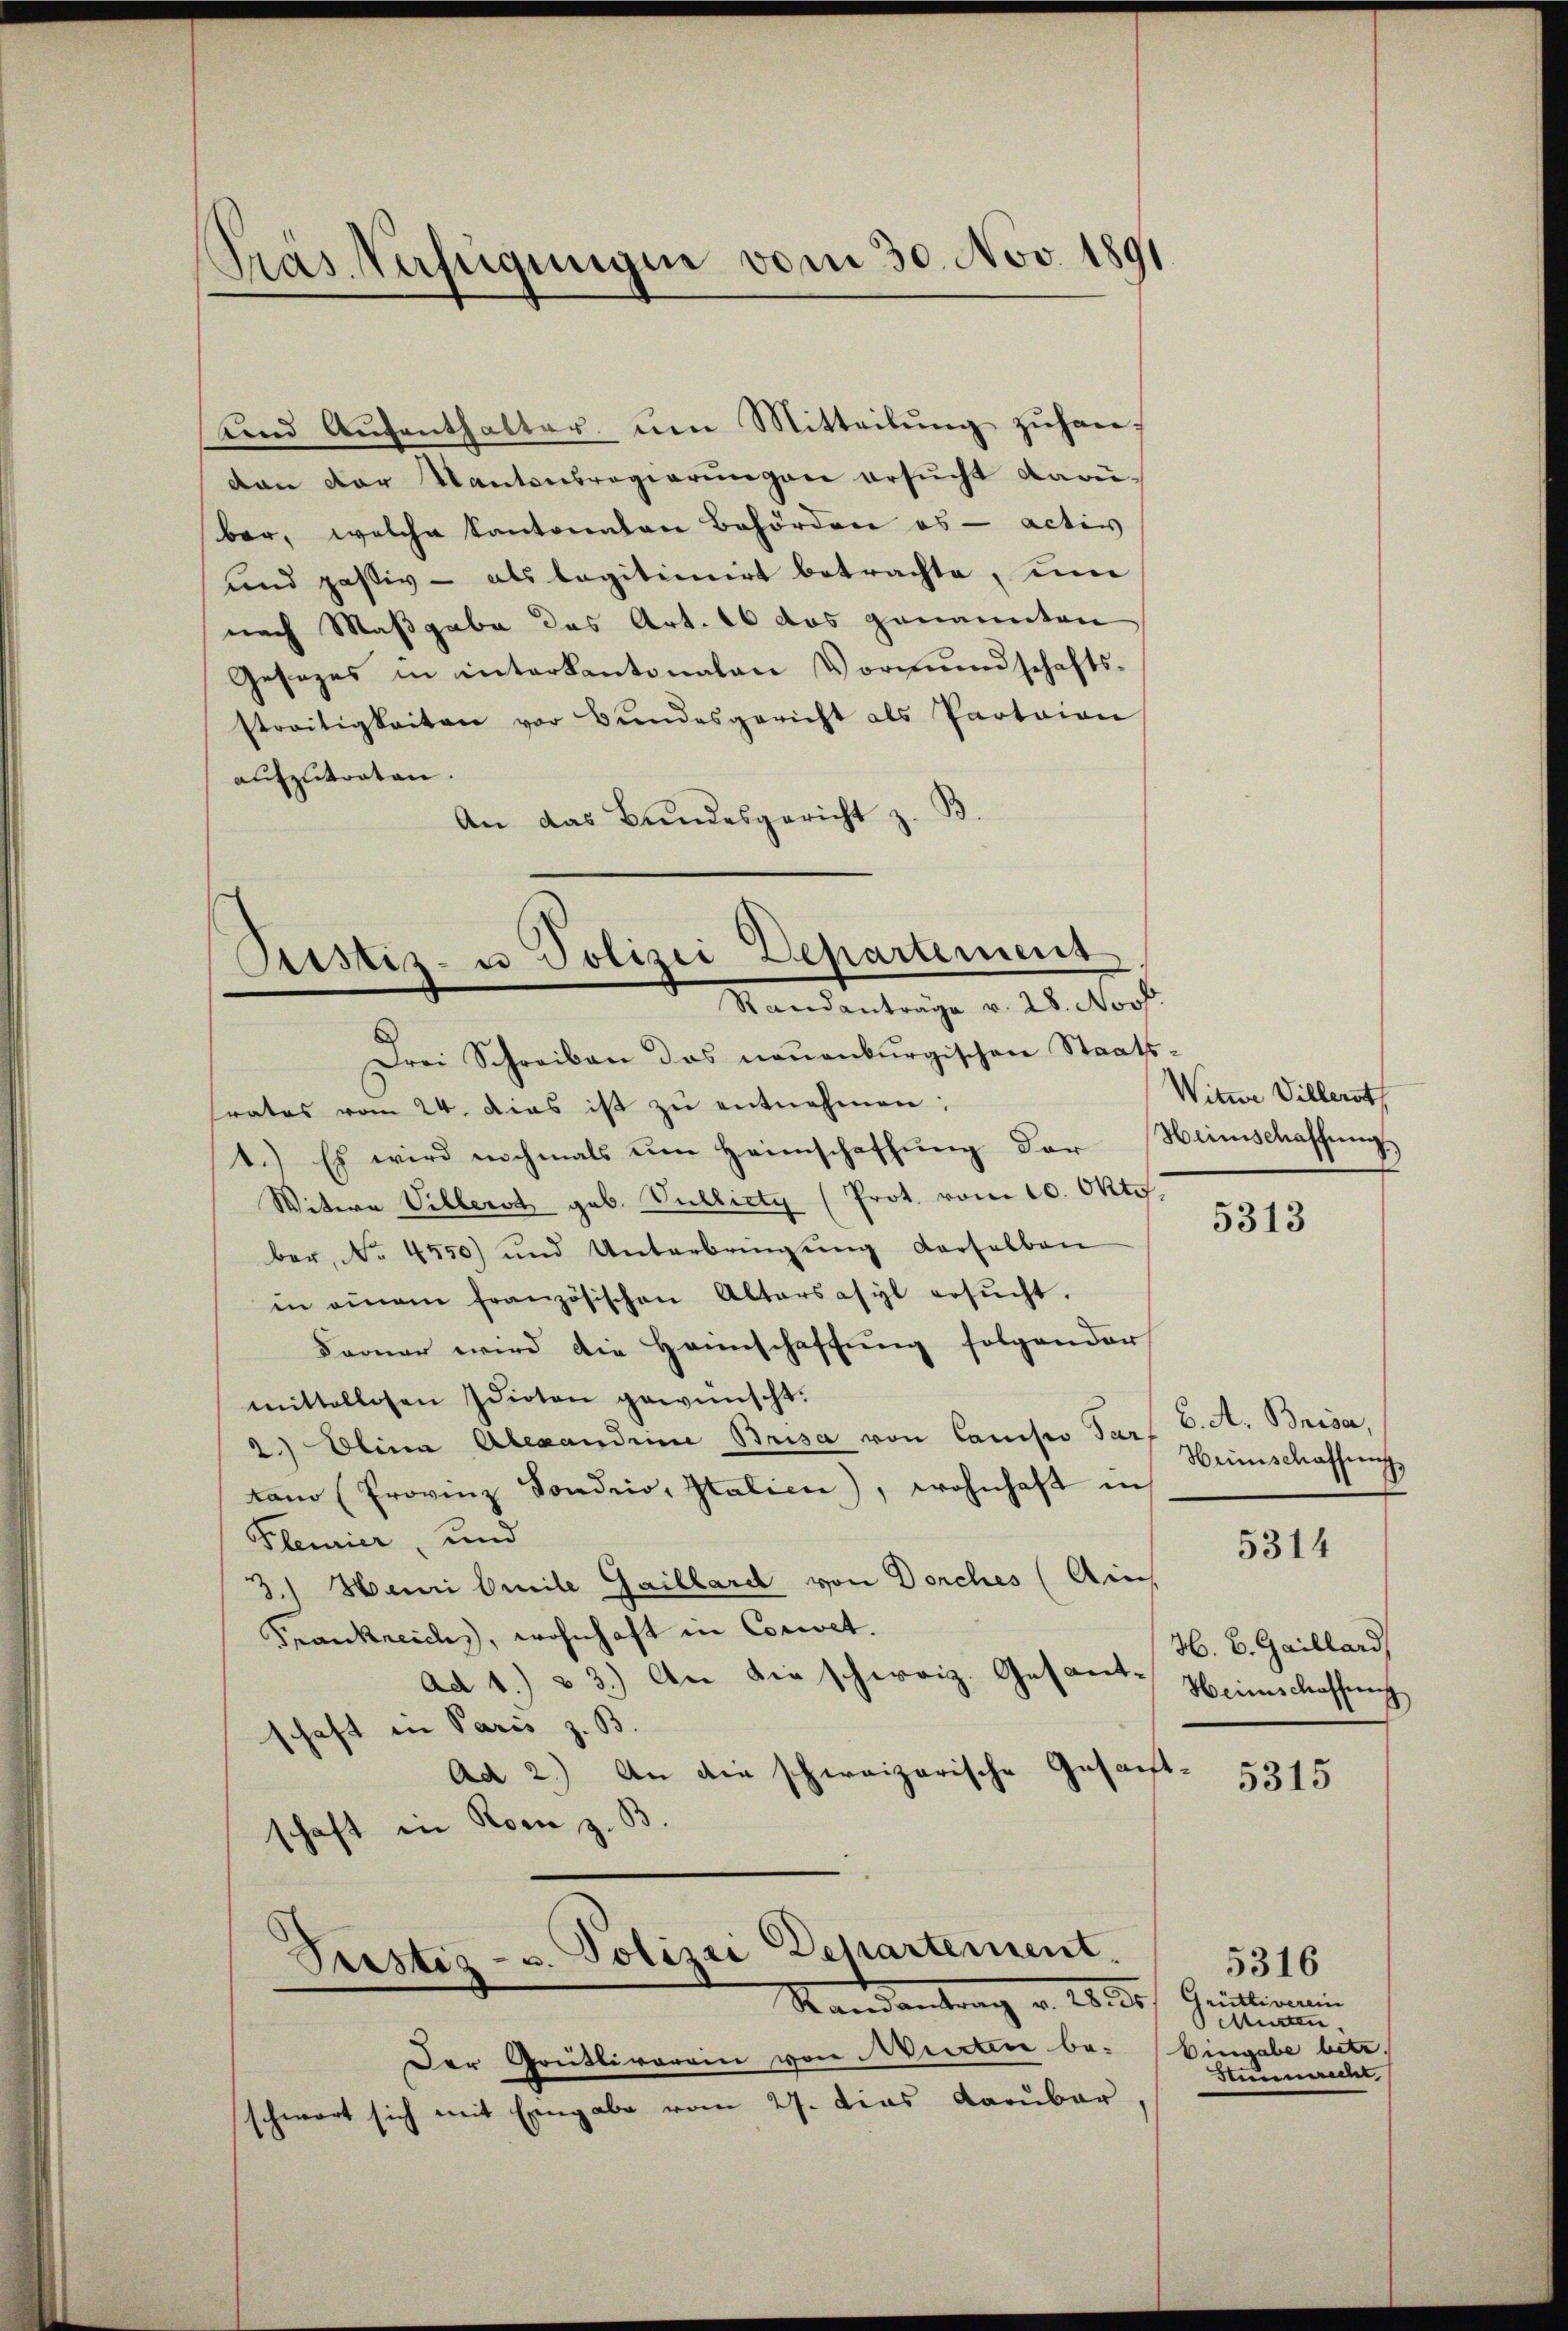
Pras Verfügungen vom 30. Nov. 1891

und Aŭfenthalter ŭm Mitteilŭng zŭhan-
dan der Kantonsregierungen ersucht darü-
bar, welche Kantonalen Behördere es activ
und passiv - als legitimirt betrachte, um
nach Maßgabe des Art. 16 das genannten
Gesezes in interkantonalen Vormundschaftsstreitigkeiten vor Bŭndesgericht als Pactaian
aufzutraten
An das Bundesgericht z. B.
Drei Schreiben das neuenburgischen Staats-
frates vom 24. Das ist zŭ entnehmen:
1.) Es wird nochmals um Heimschaffung der
Witwe Villerst geb. Vullirty (Prot. vom 10. Okto
ber, No 4550) und Unterbringŭng derselben
in einem französischen Altersasyl ersŭcht.
Farner wird die Hannschaffung folgender
mittellosen Idioten gewünscht.
2.) Alina Alexandene Brisa von Camiso Par
kamo (Provinz Sondrio, Italien), wohnhaft in
Klemier, und
3.) Henri beile Gaillard von Dorches (Ains
Frankreichs, wohnhaft in Corret.
ad 1.) & 3.) An die schweiz. Gesantschaft in Paris z. B.
Ad 2.) An die schweizerische Gesant-
schaft in Rom z.
Pristiz- u. Polizei Departement.
Standentrag v. 18 des Geistermin
Der Grütlivorrin von Wierten be- Eingabe betr.
schwert sich mit Eingabe vom 27. Dies darüber

Justiz- u Polizei Departement
Standantrage v. 28. Norf.

Witwe Villerst
Heimschaffung
.

5313

C. A. Brise,
Heimschaffung

5314

H. B. Gaillard,
Heimschaffung

5315

5316
elüsten
Stimmrecht,